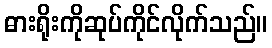
ဓားရိုးကိုဆုပ်ကိုင်လိုက်သည်။